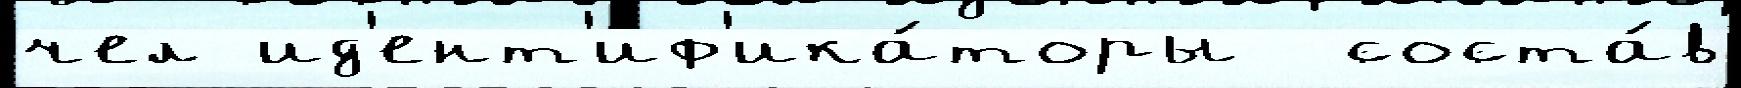
чел ид'ент'иф'ика́торы  соста́в